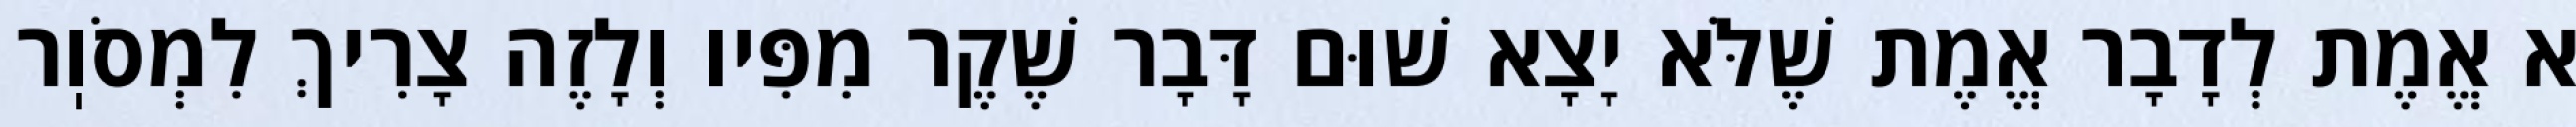
א אֱמֶת לְדָבָר אֱמֶת שֶׁלֹּא יָצָא שׁוּם דָּבָר שֶׁקֶר מִפִּיו וְלָזֶה צָרִיךְ לִמְסֹוֽר